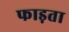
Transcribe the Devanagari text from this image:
फाड़ता